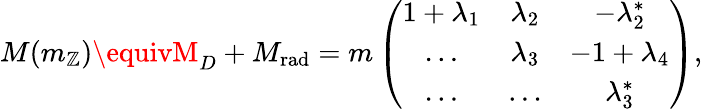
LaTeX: M(m_{\mathbb{Z}})\equivM_{D}+M_{\mathrm{{rad}}}=m\left(\begin{array}{ccc}{{1+\lambda_{1}}}&{{\lambda_{2}}}&{{-\lambda_{2}^{*}}}\\ {{\dots}}&{{\lambda_{3}}}&{{-1+\lambda_{4}}}\\ {{\dots}}&{{\dots}}&{{\lambda_{3}^{*}}}\end{array}\right),